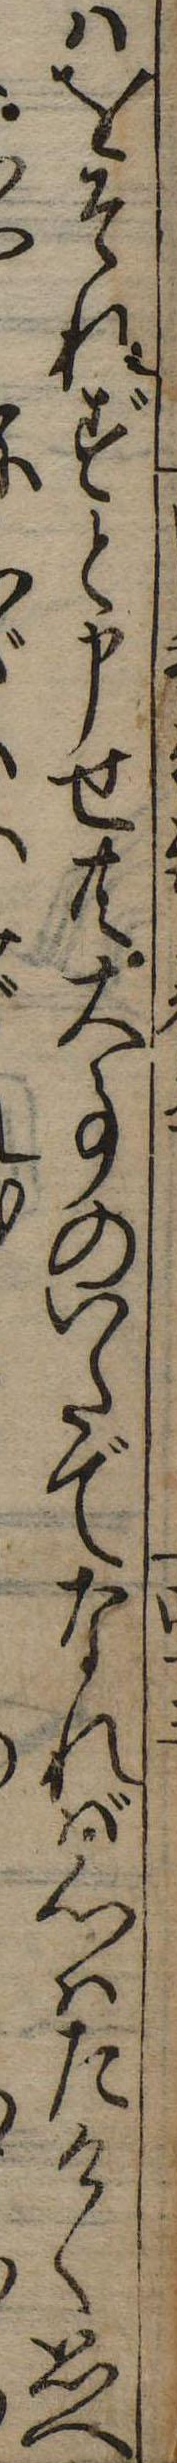
はをそれずと申せ共大事のいたでなれば心はたけく思へ